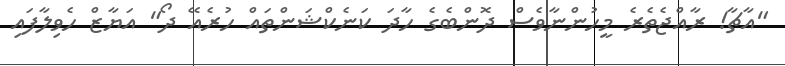
"އާޗާ! ރާއްޖެތެރެ މީހުންނާވެސް ދޮންބެގެ ހާދަ ކަނެކްޝަންތައް ހުރެއޭ ދޯ" އަޔާޒް ހެވިލާފައި